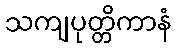
သကျပုတ္တိကာနံ